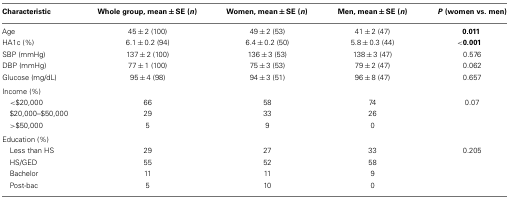
<table><thead><tr><td><b>Characteristic</b></td><td><b>Whole group, mean ± SE (<i>n</i>)</b></td><td><b>Women, mean ± SE (<i>n</i>)</b></td><td><b>Men, mean ± SE (<i>n</i>)</b></td><td><b><i>P</i> (women vs. men)</b></td></tr></thead><tbody><tr><td>Age</td><td>45 ± 2 (100)</td><td>49 ± 2 (53)</td><td>41 ± 2 (47)</td><td><b>0.011</b></td></tr><tr><td>HA1c (%)</td><td>6.1 ± 0.2 (94)</td><td>6.4 ± 0.2 (50)</td><td>5.8 ± 0.3 (44)</td><td><b>&lt;0.001</b></td></tr><tr><td>SBP (mmHg)</td><td>137 ± 2 (100)</td><td>136 ± 3 (53)</td><td>138 ± 3 (47)</td><td>0.576</td></tr><tr><td>DBP (mmHg)</td><td>77 ± 1 (100)</td><td>75 ± 3 (53)</td><td>79 ± 2 (47)</td><td>0.062</td></tr><tr><td>Glucose (mg/dL)</td><td>95 ± 4 (98)</td><td>94 ± 3 (51)</td><td>96 ± 8 (47)</td><td>0.657</td></tr><tr><td colspan="5">Income (%)</td></tr><tr><td>&lt;$20,000</td><td>66</td><td>58</td><td>74</td><td>0.07</td></tr><tr><td> $20,000–$50,000</td><td>29</td><td>33</td><td>26</td><td></td></tr><tr><td>&gt;$50,000</td><td>5</td><td>9</td><td>0</td><td></td></tr><tr><td colspan="5">Education (%)</td></tr><tr><td> Less than HS</td><td>29</td><td>27</td><td>33</td><td>0.205</td></tr><tr><td> HS/GED</td><td>55</td><td>52</td><td>58</td><td></td></tr><tr><td> Bachelor</td><td>11</td><td>11</td><td>9</td><td></td></tr><tr><td> Post-bac</td><td>5</td><td>10</td><td>0</td><td></td></tr></tbody></table>